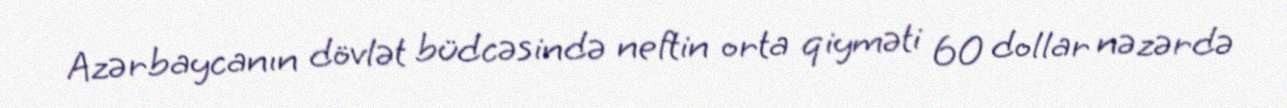
Azərbaycanın dövlət büdcəsində neftin orta qiyməti 60 dollar nəzərdə